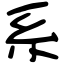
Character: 系